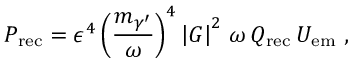
P _ { \mathrm { r e c } } = \epsilon ^ { 4 } \left( \frac { m _ { \gamma ^ { \prime } } } { \omega } \right) ^ { 4 } \left| G \right| ^ { 2 } \, \omega \, Q _ { \mathrm { r e c } } \, U _ { \mathrm { e m } } ~ ,